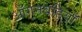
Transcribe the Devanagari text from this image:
आँगनबड़ियाँ